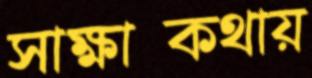
সাক্ষাত্কথায়